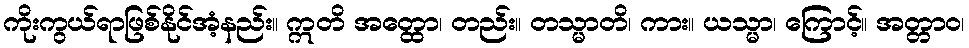
ကိုးကွယ်ရာဖြစ်နိုင်အံ့နည်း။ ဣတိ အတ္ထော၊ တည်း။ တသ္မာတိ၊ ကား။ ယသ္မာ၊ ကြောင့်။ အတ္တာဝ၊